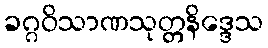
ခဂ္ဂဝိသာဏသုတ္တနိဒ္ဒေသ